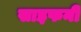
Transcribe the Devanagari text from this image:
साइफनी